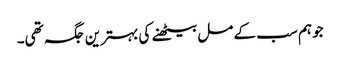
جو ہم سب کے مل بیٹھنے کی بہترین جگہ تھی۔